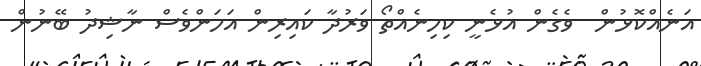
އަނެއްކޮޅުން  ވެގެން އުޅެނީ ކިހިނެއްތޯ ވަރުދާ ކައިރިން އަހަންވެސް ނާޝިދު ބޭނުން